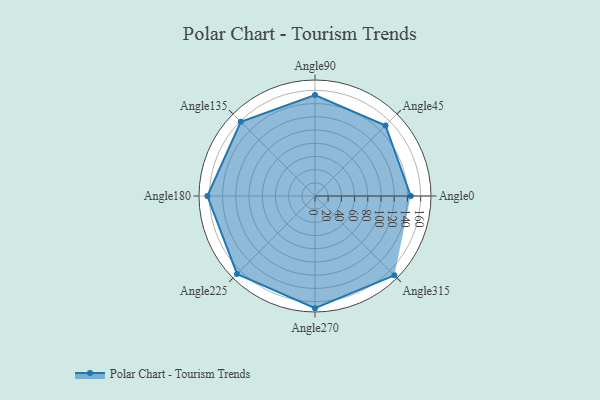
{"axis": {"x": "Angle", "y": "Radius"}, "legend": [""], "data": [{"x": "Angle0", "y": 145.0, "type": ""}, {"x": "Angle45", "y": 151.0, "type": ""}, {"x": "Angle90", "y": 153.0, "type": ""}, {"x": "Angle135", "y": 159.0, "type": ""}, {"x": "Angle180", "y": 163.0, "type": ""}, {"x": "Angle225", "y": 167.0, "type": ""}, {"x": "Angle270", "y": 170, "type": ""}, {"x": "Angle315", "y": 170, "type": ""}]}